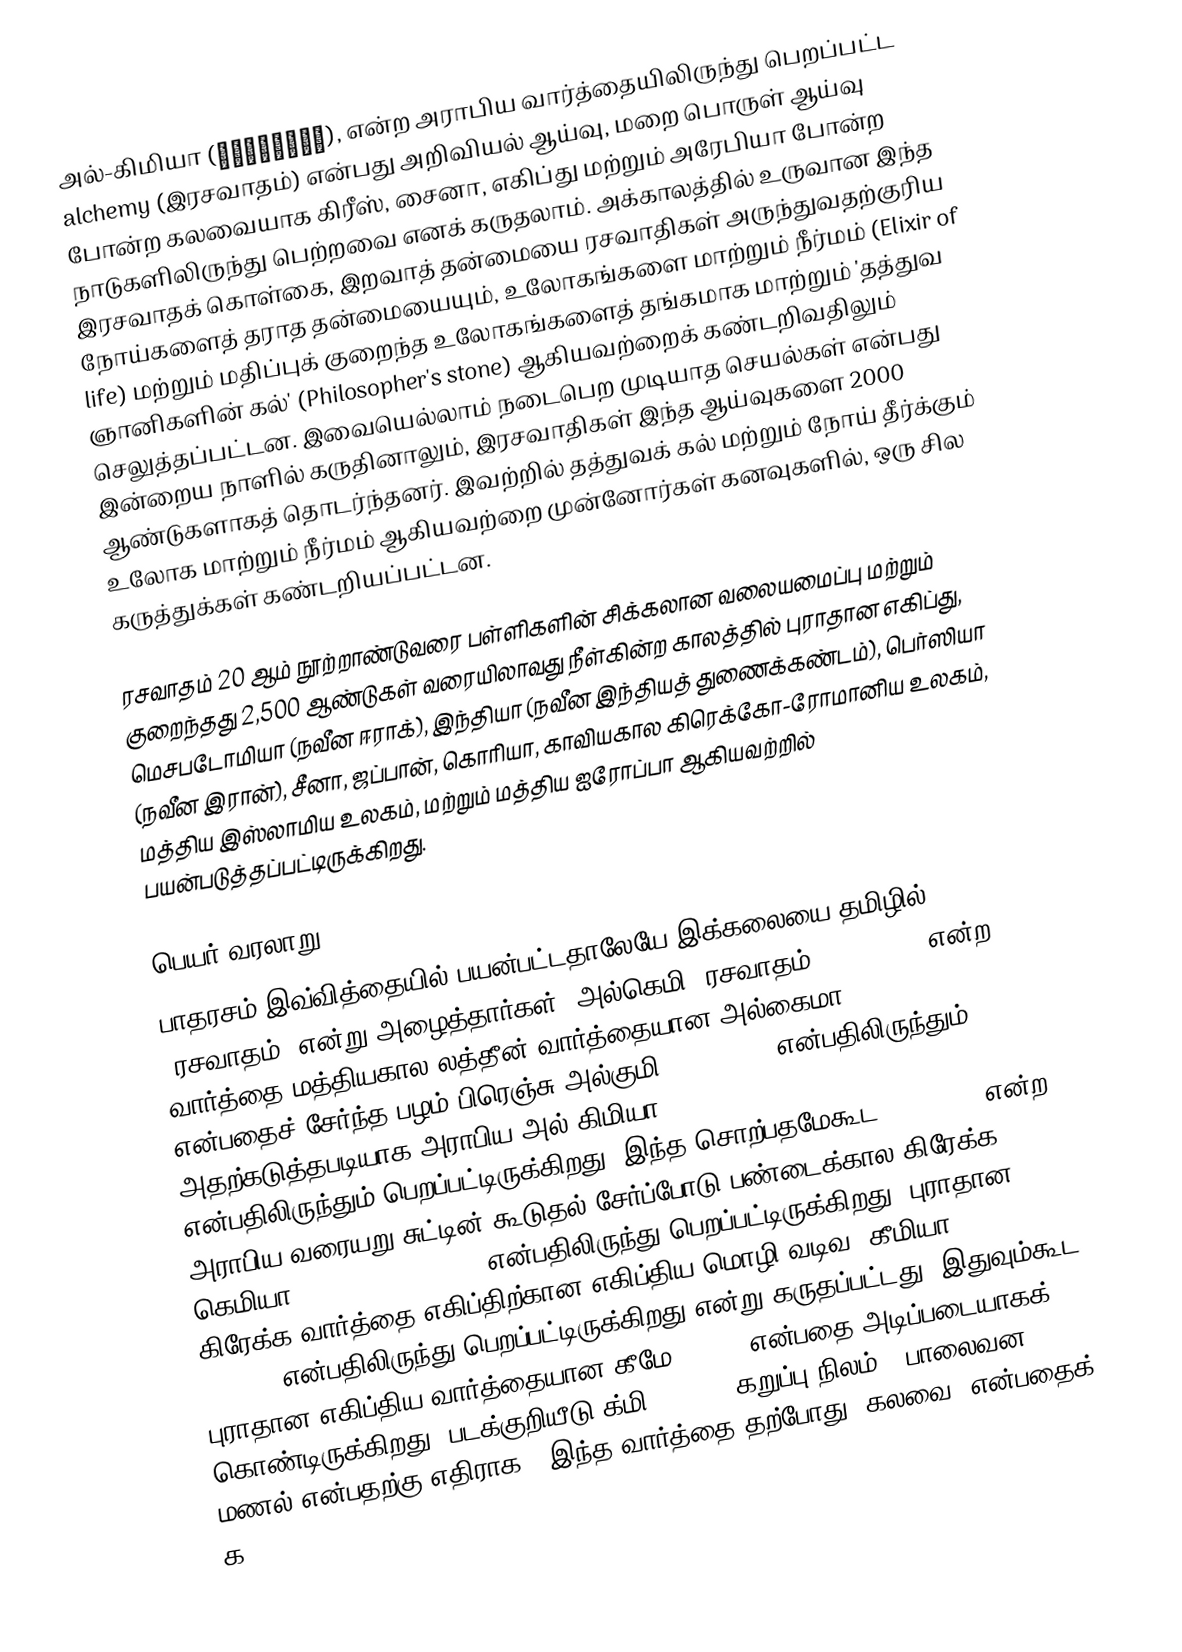
அல்-கிமியா (الكيمياء), என்ற அராபிய வார்த்தையிலிருந்து பெறப்பட்ட alchemy (இரசவாதம்) என்பது அறிவியல் ஆய்வு, மறை பொருள் ஆய்வு போன்ற கலவையாக கிரீஸ், சைனா, எகிப்து மற்றும் அரேபியா போன்ற நாடுகளிலிருந்து பெற்றவை எனக் கருதலாம். அக்காலத்தில் உருவான இந்த இரசவாதக் கொள்கை, இறவாத் தன்மையை ரசவாதிகள் அருந்துவதற்குரிய நோய்களைத் தராத தன்மையையும், உலோகங்களை மாற்றும் நீர்மம் (Elixir of life) மற்றும் மதிப்புக் குறைந்த உலோகங்களைத் தங்கமாக மாற்றும் 'தத்துவ ஞானிகளின் கல்' (Philosopher's stone) ஆகியவற்றைக் கண்டறிவதிலும் செலுத்தப்பட்டன. இவையெல்லாம் நடைபெற முடியாத செயல்கள் என்பது இன்றைய நாளில் கருதினாலும், இரசவாதிகள் இந்த ஆய்வுகளை 2000 ஆண்டுகளாகத் தொடர்ந்தனர். இவற்றில் தத்துவக் கல் மற்றும் நோய் தீர்க்கும் உலோக மாற்றும் நீர்மம் ஆகியவற்றை முன்னோர்கள் கனவுகளில், ஒரு சில கருத்துக்கள் கண்டறியப்பட்டன.

ரசவாதம் 20 ஆம் நூற்றாண்டுவரை பள்ளிகளின் சிக்கலான வலையமைப்பு மற்றும் குறைந்தது 2,500 ஆண்டுகள் வரையிலாவது நீள்கின்ற காலத்தில் புராதான எகிப்து, மெசபடோமியா (நவீன ஈராக்), இந்தியா (நவீன இந்தியத் துணைக்கண்டம்), பெர்ஸியா (நவீன இரான்), சீனா, ஜப்பான், கொரியா, காவியகால கிரெக்கோ-ரோமானிய உலகம், மத்திய இஸ்லாமிய உலகம், மற்றும் மத்திய ஐரோப்பா ஆகியவற்றில் பயன்படுத்தப்பட்டிருக்கிறது.

பெயர் வரலாறு
பாதரசம் இவ்வித்தையில் பயன்பட்டதாலேயே இக்கலையை தமிழில் 'ரசவாதம்' என்று அழைத்தார்கள். அல்கெமி (ரசவாதம்) (alchemy) என்ற வார்த்தை மத்தியகால லத்தீன் வார்த்தையான அல்கைமா (alchimia) என்பதைச் சேர்ந்த பழம் பிரெஞ்சு அல்குமி (alquimie) என்பதிலிருந்தும், அதற்கடுத்தபடியாக அராபிய அல்-கிமியா (al-kimia) (الكيمياء) என்பதிலிருந்தும் பெறப்பட்டிருக்கிறது. இந்த சொற்பதமேகூட al- (الـ) என்ற அராபிய வரையறு சுட்டின் கூடுதல் சேர்ப்போடு பண்டைக்கால கிரேக்க கெமியா (chemeia) (χημεία) என்பதிலிருந்து பெறப்பட்டிருக்கிறது. புராதான கிரேக்க வார்த்தை எகிப்திற்கான எகிப்திய மொழி வடிவ "கீமியா (Chemia)" (Χημία) என்பதிலிருந்து பெறப்பட்டிருக்கிறது என்று கருதப்பட்டது, இதுவும்கூட புராதான எகிப்திய வார்த்தையான கீமே (kēme) என்பதை அடிப்படையாகக் கொண்டிருக்கிறது (படக்குறியீடு க்மி (Khmi), கறுப்பு நிலம் , பாலைவன மணல் என்பதற்கு எதிராக). இந்த வார்த்தை தற்போது "கலவை" என்பதைக் க